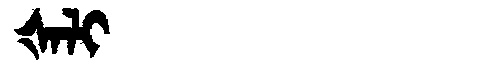
Manchu: ᡧᠠᠯᡳ
Romanization: ŠALI